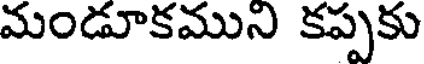
మండూకముని కప్పకు